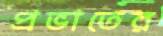
প্রভাতের